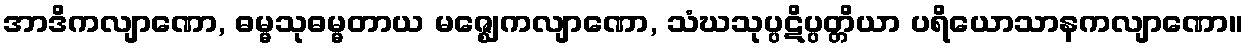
အာဒိကလျာဏော, ဓမ္မသုဓမ္မတာယ မဇ္ဈေကလျာဏော, သံဃသုပ္ပဋိပ္ပတ္တိယာ ပရိယောသာနကလျာဏော။